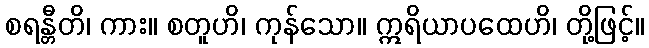
စရန္တီတိ၊ ကား။ စတူဟိ၊ ကုန်သော။ ဣရိယာပထေဟိ၊ တို့ဖြင့်။